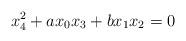
LaTeX: \begin{align*}x_4^2+ax_0x_3+bx_1x_2=0\end{align*}